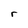
Character: r